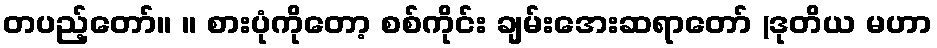
တပည့်တော်။ ။ စားပုံကိုတော့ စစ်ကိုင်း ချမ်းအေးဆရာတော် (ဒုတိယ မဟာ